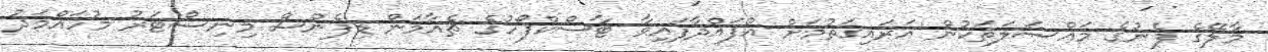
މާލޭގެ ފެނުގެ މައްސަލަތަކުން އަރައިގަތުމަށް އުފައްދާފައިވާ ޓާސްކްފޯހުގެ ޗެއާމަން ޑިފެންސް މިނިސްޓަރު މުހައްމަދު